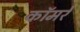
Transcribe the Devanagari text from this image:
कॉमरे